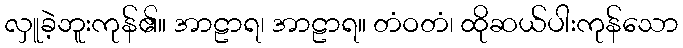
လှူခဲ့ဘူးကုန်၏။ အာဠာရ၊ အာဠာရ။ တံဝတံ၊ ထိုဆယ်ပါးကုန်သော